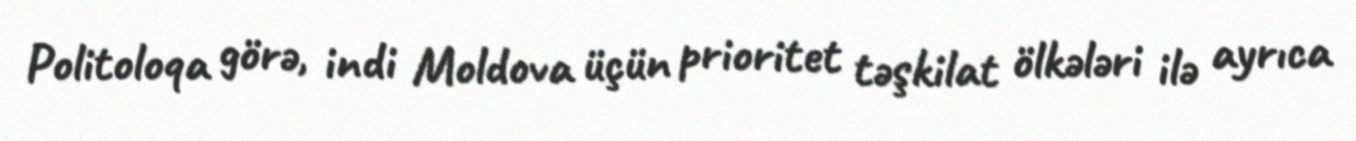
Politoloqa görə, indi Moldova üçün prioritet təşkilat ölkələri ilə ayrıca